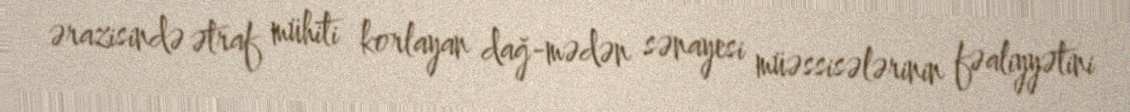
ərazisində ətraf mühiti korlayan dağ-mədən sənayesi müəssisələrinin fəaliyyətini